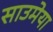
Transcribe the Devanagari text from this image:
साउमेया